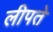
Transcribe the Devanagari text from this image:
लीपते